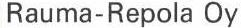
Rauma-Repola Oy